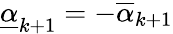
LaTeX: \underline{{\alpha}}_{k+1}=-\overline{{\alpha}}_{k+1}